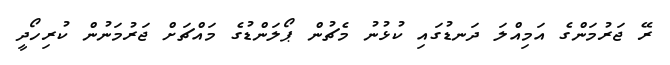
ރޭ ޖަރުމަންގެ އަމިއްލަ ދަނޑުގައި ކުޅުނު މެޗުން ޕޯލަންޑުގެ މައްޗަށް ޖަރުމަނުން ކުރިހޯދީ